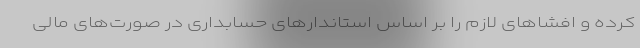
کرده و افشاهای لازم را بر اساس استاندارهای حسابداری در صورت‌های مالی